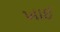
ખાઈ